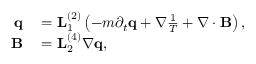
\begin{array} { r l } { \mathbf q } & { { } = \mathbf L _ { 1 } ^ { ( 2 ) } \left( - m \partial _ { t } \mathbf q + \nabla \frac { 1 } { T } + \nabla \cdot \mathbf B \right) , } \\ { \mathbf B } & { { } = \mathbf L _ { 2 } ^ { ( 4 ) } \nabla \mathbf q , } \end{array}